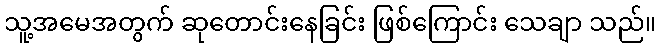
သူ့အမေအတွက် ဆုတောင်းနေခြင်း ဖြစ်ကြောင်း သေချာ သည်။